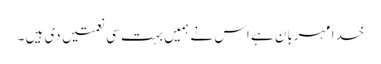
خدا مہربان ہے اس نے ہمیں بہت سی نعمتیں دی ہیں ۔